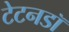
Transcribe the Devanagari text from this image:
टेटनडॉ